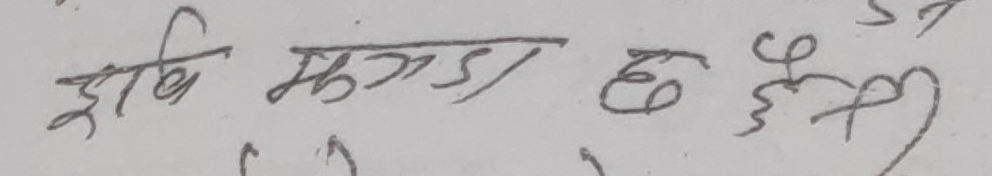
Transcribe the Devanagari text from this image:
झाडी मुगडा छ